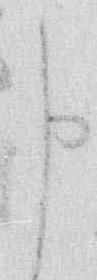
申